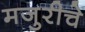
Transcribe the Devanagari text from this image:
मजुरीचे